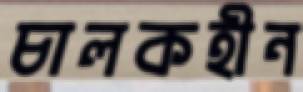
চালকহীন